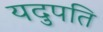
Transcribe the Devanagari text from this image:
यदुपति